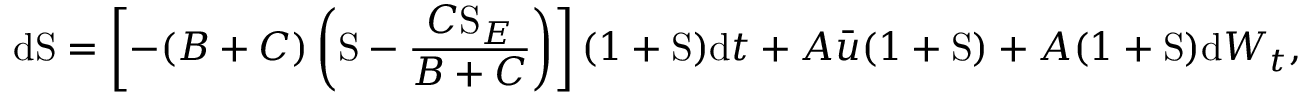
\mathrm { d } \mathrm { S } = \left[ - ( B + C ) \left( \mathrm { S } - \frac { C \mathrm { S } _ { E } } { B + C } \right) \right] ( 1 + \mathrm { S } ) \mathrm { d } t + A \bar { u } ( 1 + \mathrm { S } ) + A ( 1 + \mathrm { S } ) \mathrm { d } W _ { t } ,